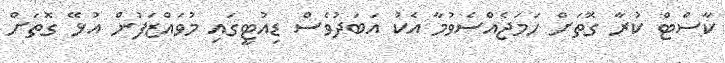
ކާސްޓް ކުރާ ގޮތަށް ހަމަޖެއްސެވުމާ އެކު އަބަދުވެސް ޑިއުޓީގައި މުވައްޒަފުން އުޅޭ ގޮތަށް